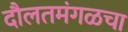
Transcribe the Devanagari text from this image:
दौलतमंगळचा